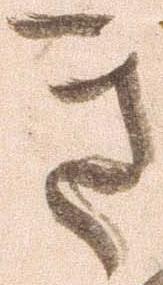
き